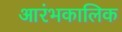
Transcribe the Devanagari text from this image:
आरंभकालिक